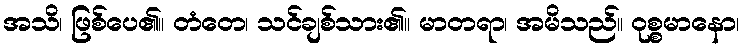
အသိ၊ ဖြစ်ပေ၏။ တံတေ၊ သင်ချစ်သား၏။ မာတရာ၊ အမိသည်။ ဝုစ္စမာနော၊